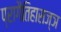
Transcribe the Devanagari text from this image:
प्रागैतिहासज्ञ